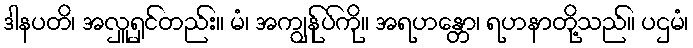
ဒါနပတိ၊ အလှူရှင်တည်း။ မံ၊ အကျွန်ုပ်ကို။ အရဟန္တော၊ ရဟနာတို့သည်။ ပဌမံ၊